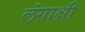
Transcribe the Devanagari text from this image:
लंगाक्षी